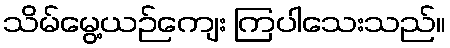
သိမ်မွေ့ယဉ်ကျေး ကြပါသေးသည်။